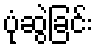
ပုံဆွဲခြင်း